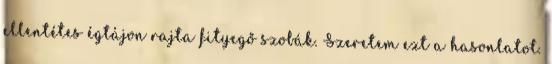
ellentétes égtájon rajta fityegő szobák. Szeretem ezt a hasonlatot.